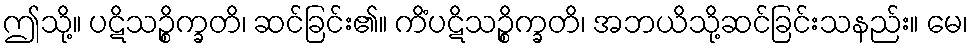
ဤသို့။ ပဋိသဉ္စိက္ခတိ၊ ဆင်ခြင်း၏။ ကိံပဋိသဉ္စိက္ခတိ၊ အဘယိသို့ဆင်ခြင်းသနည်း။ မေ၊